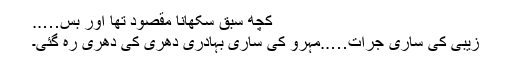
کچھ سبق سکھانا مقصود تھا اور بس…..
زیبی کی ساری جرأت…..مہرو کی ساری بہادری دھری کی دھری رہ گئی۔